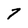
Character: 7